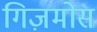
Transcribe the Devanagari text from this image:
गिज़मोस